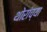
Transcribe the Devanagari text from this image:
थोरांच्या